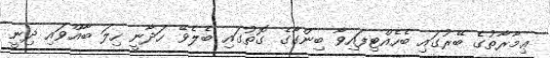
ޢިމާރާތުގެ ބޭރުގައި ބެހެއްޓިފައިވާ ބިންގާގެ ގޮތުގައި ބެލެވޭ ހަދާނީ ހިލަ ބާއްވައި ދިނީ